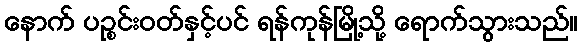
နောက် ပဉ္စင်းဝတ်နှင့်ပင် ရန်ကုန်မြို့သို့ ရောက်သွားသည်။